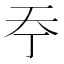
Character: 𡗣